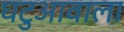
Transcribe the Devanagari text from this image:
घटुआवाला